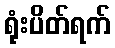
ရုံးပိတ်ရက်